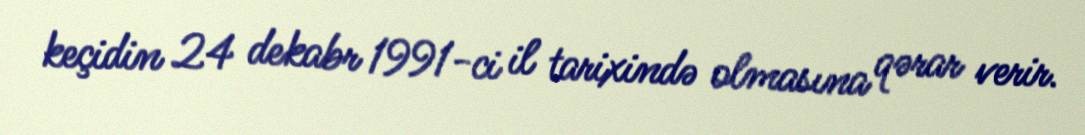
keçidin 24 dekabr 1991-ci il tarixində olmasına qərar verir.